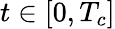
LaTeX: t\in[0,T_{c}]